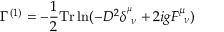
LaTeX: \Gamma ^ { ( 1 ) } = - \frac { 1 } { 2 } \mathrm { T r } \ln ( - D ^ { 2 } \delta _ { ~ \nu } ^ { ^ \mu } + 2 i g F _ { ~ \nu } ^ { \mu } )